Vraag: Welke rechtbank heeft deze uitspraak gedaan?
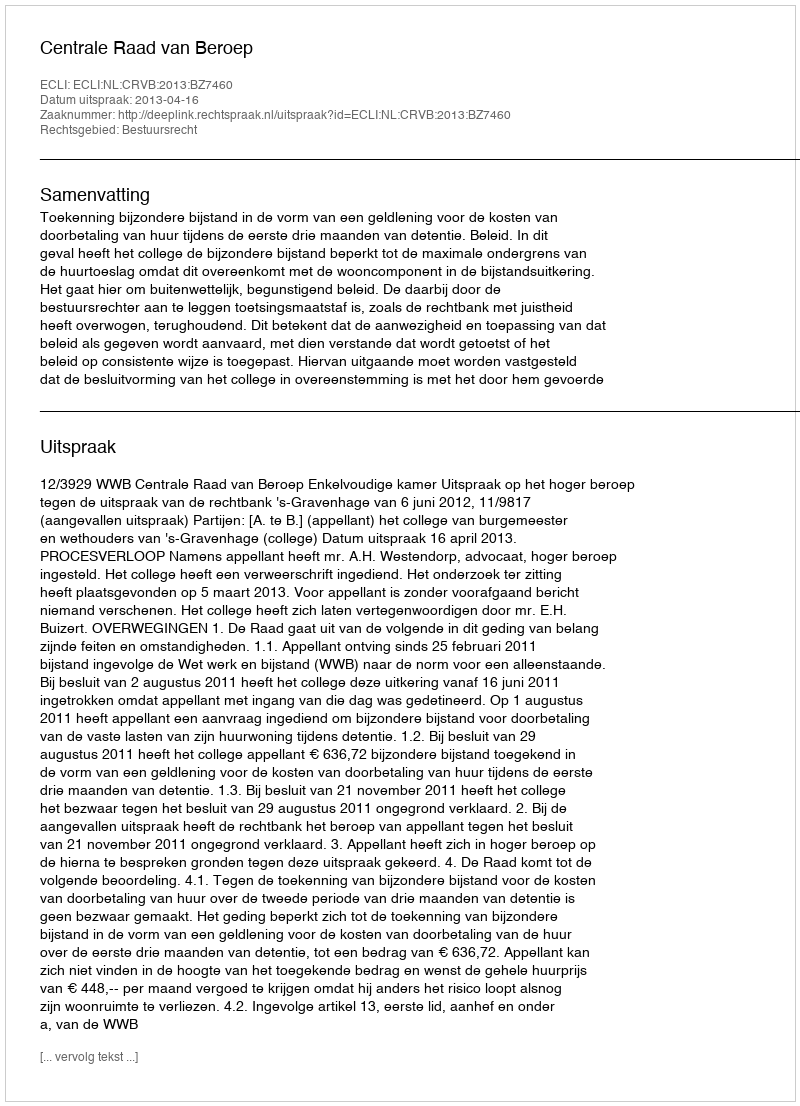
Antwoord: Centrale Raad van Beroep